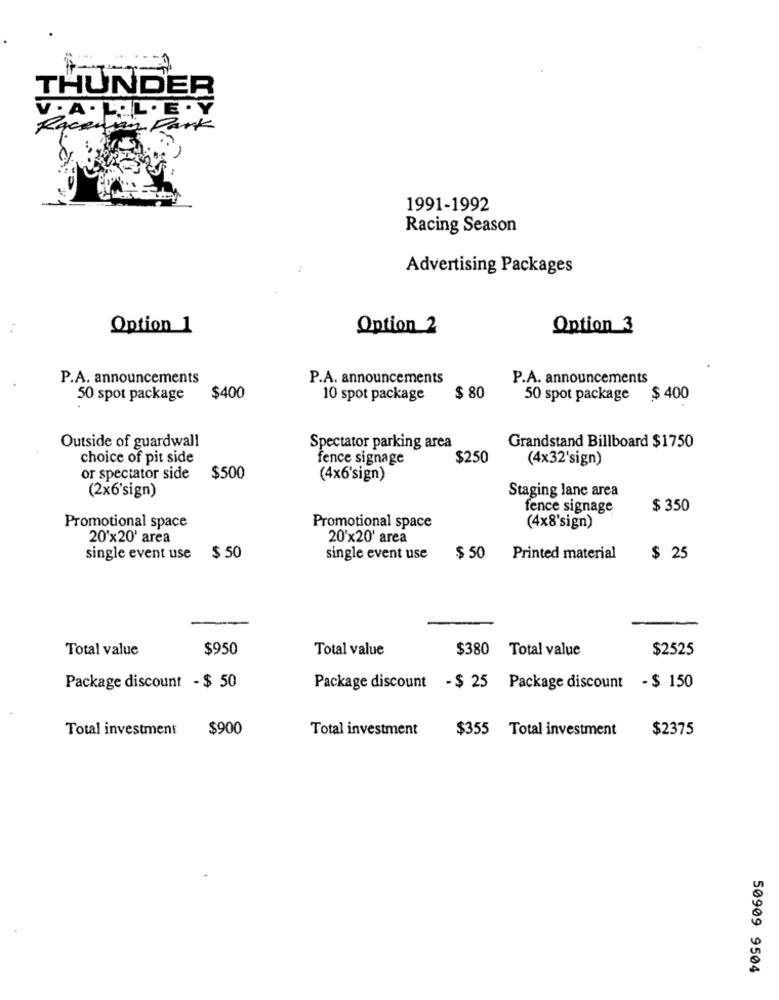
THUNDER
V. A . LAL. E . Y
Racenian Park
1991-1992
Racing Season
Advertising Packages
Option 1
Option 2
Option_3
P.A. announcements
P.A. announcements
P.A. announcements
50 spot package
$400
10 spot package
$ 80
50 spot package $ 400
Outside of guardwall
Spectator parking area
Grandstand Billboard $1750
choice of pit side
fence signage
$250
(4×32'sign)
or spectator side
$500
(4x6'sign)
(2x6'sign)
Staging lane area
fence signage
$ 350
Promotional space
Promotional space
(4x8'sign)
20'x20' area
20'x20' area
single event use $ 50
single event use
$ 50
Printed material
$ 25
Total value
$950
Total value
$380 Total value
$2525
Package discount - $ 50
Package discount - $ 25 Package discount - $ 150
Total investment
$900
Total investment
$355 Total investment
$2375
50909 9504